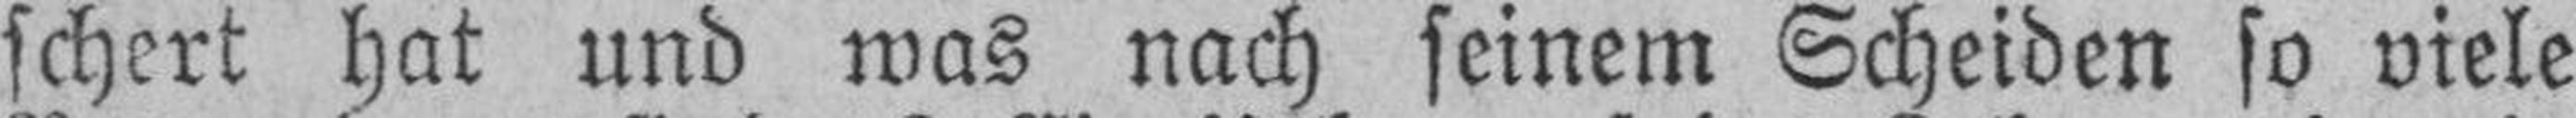
schert hat und was nach seinem Scheiden so viele